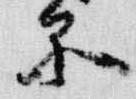
品